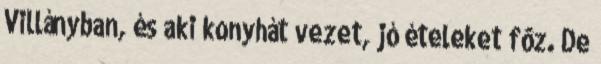
Villányban, és aki konyhát vezet, jó ételeket fôz. De